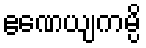
ဧဏေယျကမ္ပိ